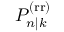
P _ { n | k } ^ { \mathrm { ( r r ) } }